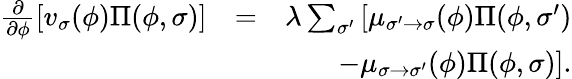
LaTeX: \begin{array}{rlr}{\frac{\partial}{\partial\phi}\left[v_{\sigma}(\phi)\Pi(\phi,\sigma)\right]}&{=}&{\lambda\sum_{\sigma^{\prime}}\left[\mu_{\sigma^{\prime}\to\sigma}(\phi)\Pi(\phi,\sigma^{\prime})\right.}\\ &{}&{\left.-\mu_{\sigma\to\sigma^{\prime}}(\phi)\Pi(\phi,\sigma)\right].}\end{array}